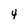
Character: 4